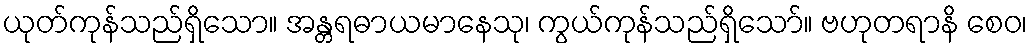
ယုတ်ကုန်သည်ရှိသော။ အန္တရဓာယမာနေသု၊ ကွယ်ကုန်သည်ရှိသော်။ ဗဟုတရာနိ စေဝ၊